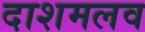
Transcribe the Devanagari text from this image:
दाशमलव